Indian journal of veterinary science and animal husbandry - Volume 3,
Year: 1933
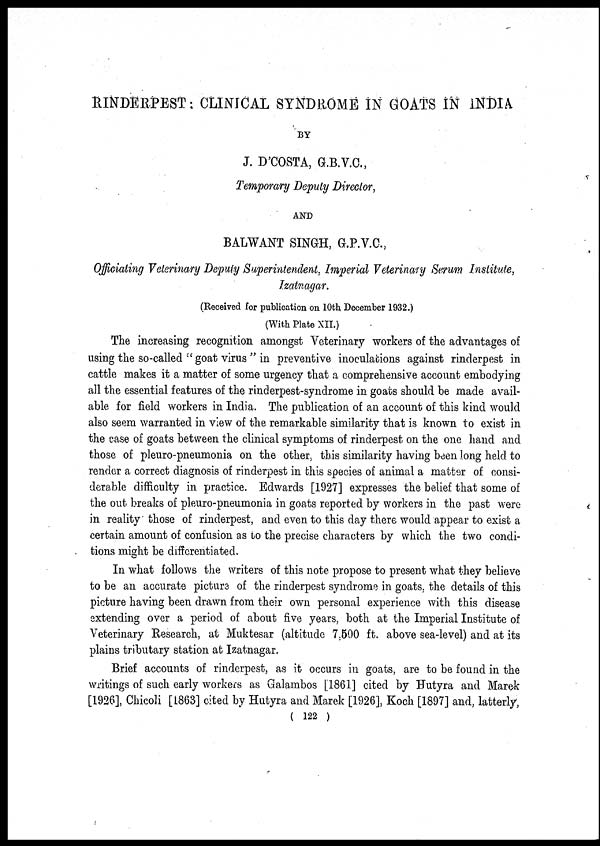
RINDERPEST: CLINICAL SYNDROME IN GOATS IN INDIA
BY
J. D'COSTA, G.B.V.C.,
Temporary Deputy Director,
AND
BALWANT SINGH, G.P.V.C.,
Officiating Veterinary Deputy Superintendent, Imperial Veterinary Serum Institute,
Izatnagar.
(Received for publication on 10th, December 1932.)
(With Plate XII.)
The increasing recognition amongst Veterinary workers of the advantages of
using the so-called "goat virus" in preventive inoculations against rinderpest in
cattle makes it a matter of some urgency that a comprehensive account embodying
all the essential features of the rinderpest-syndrome in goats should be made avail-
able for field workers in India. The publication of an account of this kind would
also seem warranted in view of the remarkable similarity that is known to exist in
the case of goats between the clinical symptoms of rinderpest on the one hand and
those of pleuro-pneumonia on the other, this similarity having been long held to
render a correct diagnosis of rinderpest in this species of animal a matter of consi-
derable difficulty in practice. Edwards [1927] expresses the belief that some of
the out. breaks of pleuro-pneumonia in goats reported by workers in the past were
in reality those of rinderpest, and even to this day there would appear to exist a
certain amount of confusion as to the precise characters by which the two condi-
tions might be differentiated.
In what follows the writers of this note propose to present what they believe
to be an accurate picture of the rinderpest syndrome in goats, the details of this
picture having been drawn from their own personal experience with this disease
extending over a period of about five years, both at the Imperial Institute of
Veterinary Research, at Muktesar (altitude 7,500 ft. above sea-level) and at its
plains tributary station at Izatnagar.
Brief accounts of rinderpest, as it occurs in goats, are to be found in the
writings of such early workers as Galambos [1861] cited by Hutyra and Marek
[1926], Chicoli [1863] cited by Hutyra and Marek [1926], Koch [1897] and, latterly,
( 122 )